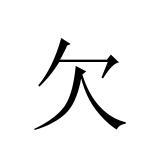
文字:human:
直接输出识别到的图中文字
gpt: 欠